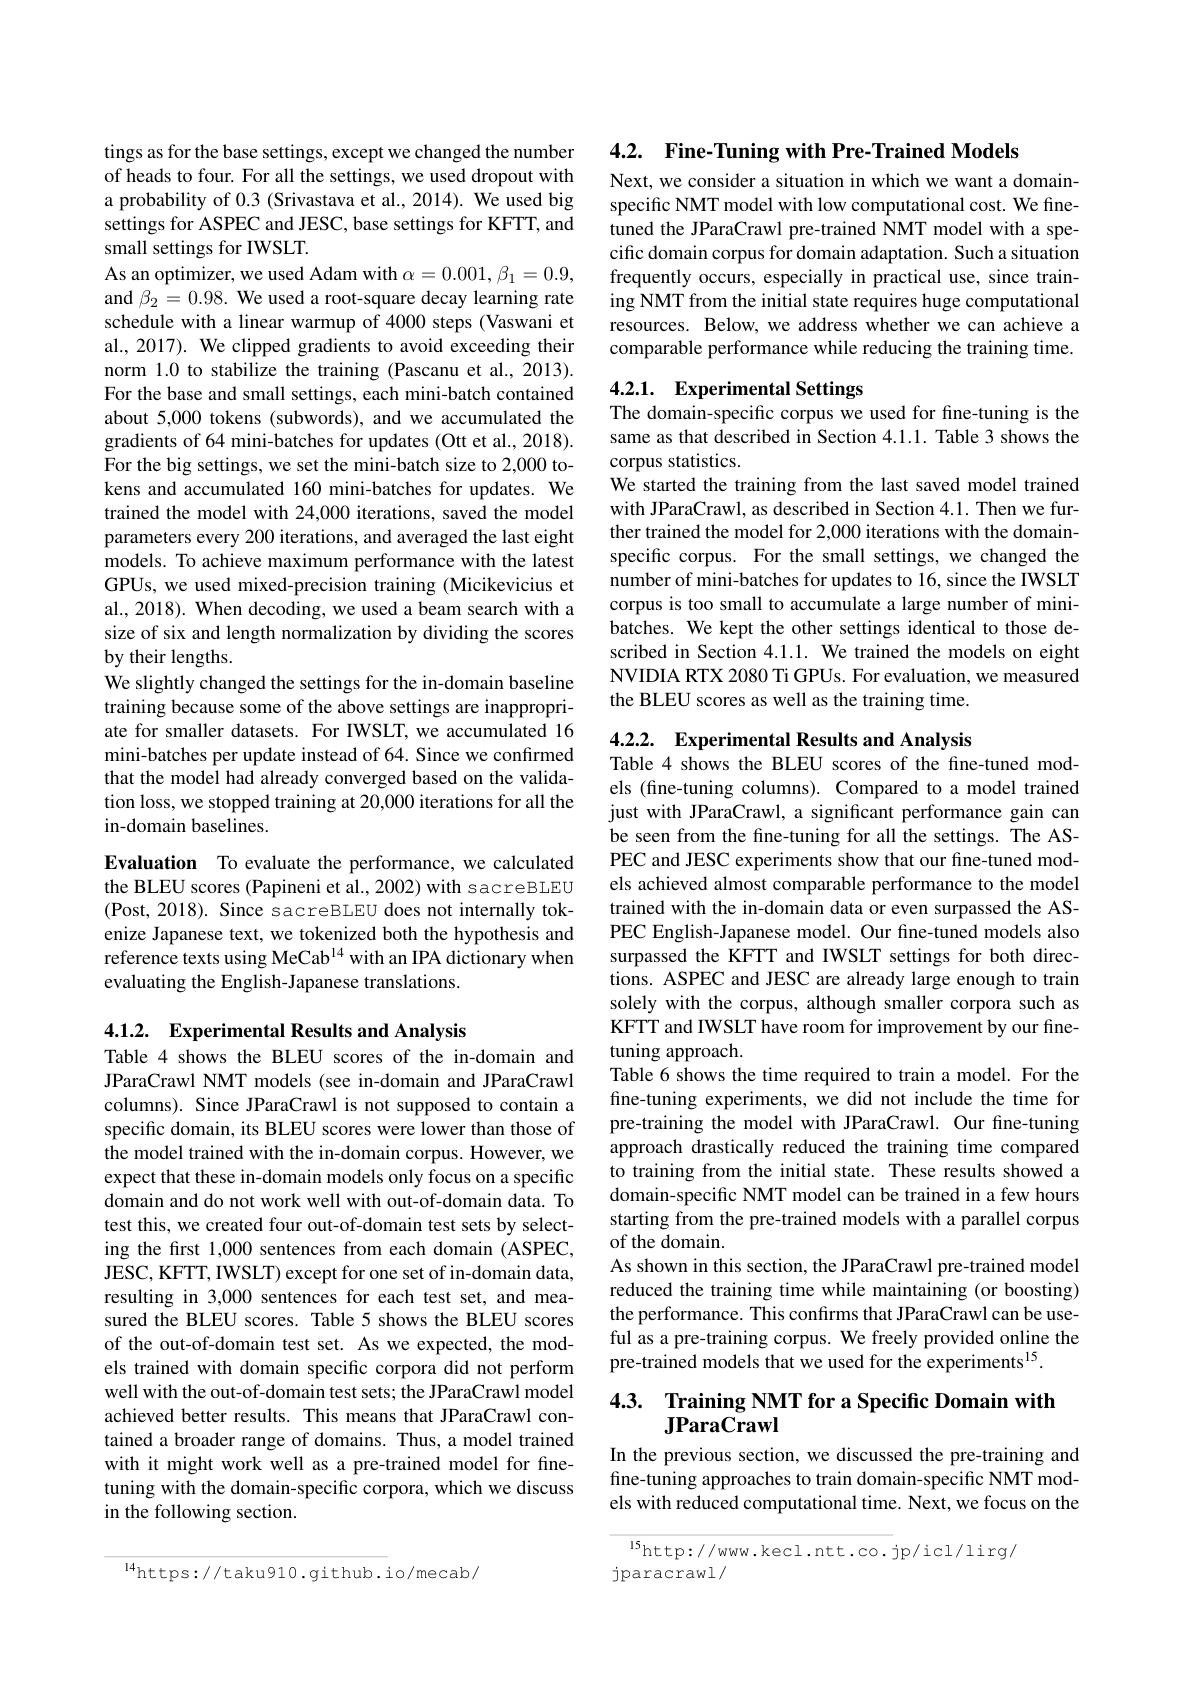
tings as for the base settings, except we changed the number of heads to four. For all the settings, we used dropout with a probability of 0.3 (Srivastava et al., 2014). We used big settings for ASPEC and JESC, base settings for KFTT, and small settings for IWSLT.
As an optimizer, we used Adam with $\alpha=0.001,\beta_{1}=0.9$, and $\beta_2=0.98.$ We used a root-square decay learning rate schedule with a linear warmup of 4000 steps (Vaswani et al., 2017). We clipped gradients to avoid exceeding their norm 1.0 to stabilize the training (Pascanu et al., 2013). For the base and small settings, each mini-batch contained about 5,000 tokens (subwords), and we accumulated the gradients of 64 mini-batches for updates (Ott et al., 2018). For the big settings, we set the mini-batch size to 2,000 tokens and accumulated 160 mini-batches for updates. We trained the model with 24,000 iterations, saved the model parameters every 200 iterations, and averaged the last eight models. To achieve maximum performance with the latest GPUs, we used mixed-precision training (Micikevicius et al., 2018). When decoding, we used a beam search with a size of six and length normalization by dividing the scores by their lengths.
We slightly changed the settings for the in-domain baseline training because some of the above settings are inappropriate for smaller datasets. For IWSLT, we accumulated 16 mini-batches per update instead of 64. Since we confirmed that the model had already converged based on the validation loss, we stopped training at 20,000 iterations for all the in-domain baselines.
Evaluation To evaluate the performance, we calculated

the BLEU scores (Papineni et al., 2002) with sacreBLEU (Post, 2018). Since sacreBLEU does not internally tokenize Japanese text, we tokenized both the hypothesis and reference texts using MeCab$^{14}$ with an IPA dictionary when evaluating the English-Japanese translations.

4.1.2. Experimental Results and Analysis
Table 4 shows the BLEU scores of the in-domain and JParaCrawl NMT models (see in-domain and JParaCrawl columns). Since JParaCrawl is not supposed to contain a specific domain, its BLEU scores were lower than those of the model trained with the in-domain corpus. However, we expect that these in-domain models only focus on a specific domain and do not work well with out-of-domain data. To test this, we created four out-of-domain test sets by selecting the first 1,000 sentences from each domain (ASPEC, JESC, KFTT, IWSLT) except for one set of in-domain data, resulting in 3,000 sentences for each test set, and measured the BLEU scores. Table 5 shows the BLEU scores of the out-of-domain test set. As we expected, the models trained with domain specific corpora did not perform well with the out-of-domain test sets; the JParaCrawl model achieved better results. This means that JParaCrawl contained a broader range of domains. Thus, a model trained with it might work well as a pre-trained model for finetuning with the domain-specific corpora, which we discuss in the following section.

$^{14}$https: / / taku910. github. io/ mecab/

4.2. Fine-Tuning with Pre-Trained Models

Next, we consider a situation in which we want a domainspecific NMT model with low computational cost. We finetuned the JParaCrawl pre-trained NMT model with a specific domain corpus for domain adaptation. Such a situation frequently occurs, especially in practical use, since training NMT from the initial state requires huge computational resources. Below, we address whether we can achieve a comparable performance while reducing the training time.

# 4.2.1. Experimental Settings The domain-specific corpus we used for fine-tuning is the

same as that described in Section 4.1.1. Table 3 shows the
corpus statistics.
We started the training from the last saved model trained with JParaCrawl, as described in Section 4.1. Then we further trained the model for 2,000 iterations with the domainspecific corpus. For the small settings, we changed the number of mini-batches for updates to 16, since the IWSLT corpus is too small to accumulate a large number of minibatches. We kept the other settings identical to those described in Section 4.1.1. We trained the models on eight NVIDIA RTX 2080 Ti GPUs. For evaluation, we measured the BLEU scores as well as the training time.

4.2.2. Experimental Results and Analysis
Table 4 shows the BLEU scores of the fine-tuned mod-

els (fine-tuning columns). Compared to a model trained just with JParaCrawl, a significant performance gain can be seen from the fine-tuning for all the settings. The ASPEC and JESC experiments show that our fine-tuned models achieved almost comparable performance to the model trained with the in-domain data or even surpassed the ASPEC English-Japanese model. Our fine-tuned models also surpassed the KFTT and IWSLT settings for both directions. ASPEC and JESC are already large enough to train solely with the corpus, although smaller corpora such as KFTT and IWSLT have room for improvement by our finetuning approach.
Table 6 shows the time required to train a model. For the fine-tuning experiments, we did not include the time for pre-training the model with JParaCrawl. Our fine-tuning approach drastically reduced the training time compared to training from the initial state. These results showed a domain-specific NMT model can be trained in a few hours starting from the pre-trained models with a parallel corpus of the domain
As shown in this section, the JParaCrawl pre-trained model reduced the training time while maintaining (or boosting) the performance. This confirms that JParaCrawl can be useful as a pre-training corpus. We freely provided online the pre-trained models that we used for the experiments$^{15}.$

# 4.3. Training NMT for a Specific Domain with JParaCrawl

In the previous section, we discussed the pre-training and fine-tuning approaches to train domain-specific NMT models with reduced computational time. Next, we focus on the

lshttp: / / www. kecl. ntt. co. jp/ icl/ lirg/  jparacrawl/